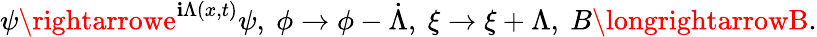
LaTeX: \psi\rightarrowe^{\mathbf{i}\Lambda(x,t)}\psi,~\phi\rightarrow\phi-\dot{{\Lambda}},~\xi\rightarrow\xi+\Lambda,~B\longrightarrowB.